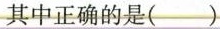
其中正确的是()